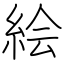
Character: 絵